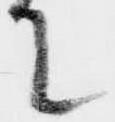
て